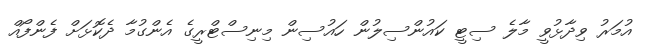
އުމަރު ވިދާޅުވީ މާލެ ސިޓީ ކައުންސިލުން ހައުސިން މިނިސްޓްރީގެ އެންގުމާ ދެކޮޅަށް ފެންފޯއް